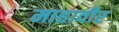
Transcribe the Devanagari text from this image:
माहावीर